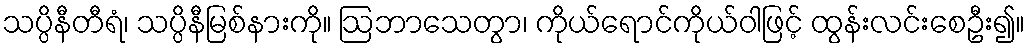
သပ္ပိနီတီရံ၊ သပ္ပိနီမြစ်နားကို။ ဩဘာသေတွာ၊ ကိုယ်ရောင်ကိုယ်ဝါဖြင့် ထွန်းလင်းစေဦး၍။